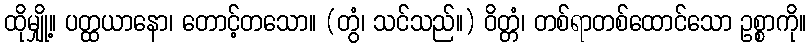
ထိုမျှို့။ ပတ္ထယာနော၊ တောင့်တသော။ (တွံ၊ သင်သည်။) ဝိတ္တံ၊ တစ်ရာတစ်ထောင်သော ဥစ္စာကို။